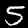
Label: 5